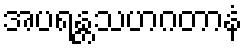
အပရန္တသဟဂတာနံ